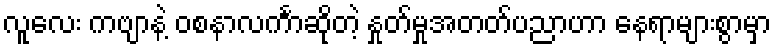
လူလေး ကဗျာနဲ့ ဝစနာလင်္ကာဆိုတဲ့ နှုတ်မှုအတတ်ပညာဟာ နေရာများစွာမှာ